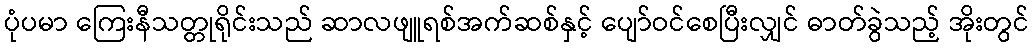
ပုံပမာ ကြေးနီသတ္တုရိုင်းသည် ဆာလဖျူရစ်အက်ဆစ်နှင့် ပျော်ဝင်စေပြီးလျှင် ဓာတ်ခွဲသည့် အိုးတွင်